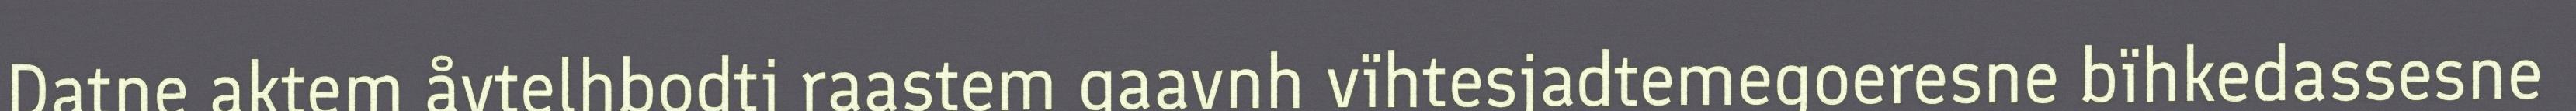
Datne aktem åvtelhbodti raastem gaavnh vïhtesjadtemegoeresne bïhkedassesne